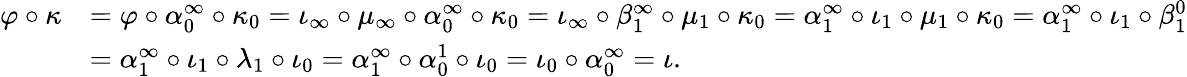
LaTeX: \begin{array}{rl}{\varphi\circ\kappa}&{=\varphi\circ\alpha_{0}^{\infty}\circ\kappa_{0}=\iota_{\infty}\circ\mu_{\infty}\circ\alpha_{0}^{\infty}\circ\kappa_{0}=\iota_{\infty}\circ\beta_{1}^{\infty}\circ\mu_{1}\circ\kappa_{0}=\alpha_{1}^{\infty}\circ\iota_{1}\circ\mu_{1}\circ\kappa_{0}=\alpha_{1}^{\infty}\circ\iota_{1}\circ\beta_{1}^{0}}\\ &{=\alpha_{1}^{\infty}\circ\iota_{1}\circ\lambda_{1}\circ\iota_{0}=\alpha_{1}^{\infty}\circ\alpha_{0}^{1}\circ\iota_{0}=\iota_{0}\circ\alpha_{0}^{\infty}=\iota.}\end{array}